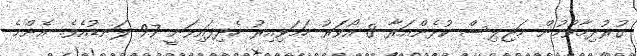
ގުރުދިމާވުމުން މަޖިލިސް ކުޅެންއަރާ 8 އޯވަރު ހަމަވިއިރު ހެދިފައިވަނީ 97 ލަނޑުއެވެ. އެންމެ